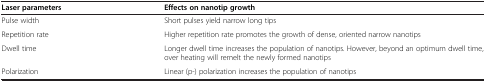
<table><thead><tr><td><b>Laser parameters</b></td><td><b>Effects on nanotip growth</b></td></tr></thead><tbody><tr><td>Pulse width</td><td>Short pulses yield narrow long tips</td></tr><tr><td>Repetition rate</td><td>Higher repetition rate promotes the growth of dense, oriented narrow nanotips</td></tr><tr><td>Dwell time</td><td>Longer dwell time increases the population of nanotips. However, beyond an optimum dwell time, over heating will remelt the newly formed nanotips</td></tr><tr><td>Polarization</td><td>Linear (p-) polarization increases the population of nanotips</td></tr></tbody></table>